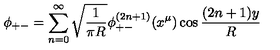
\phi _ { + - } = \sum _ { n = 0 } ^ { \infty } \sqrt { \frac { 1 } { \pi R } } \phi _ { + - } ^ { ( 2 n + 1 ) } ( x ^ { \mu } ) \cos \frac { ( 2 n + 1 ) y } { R }